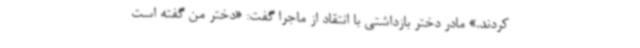
کردند.» مادر دختر بازداشتی با انتقاد از ماجرا گفت: «دختر من گفته است